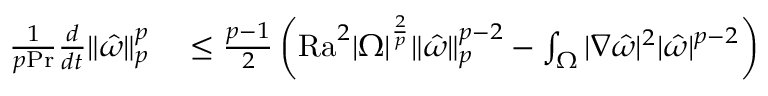
\begin{array} { r l } { \frac { 1 } { p \mathrm { { P r } } } \frac { d } { d t } \| \hat { \omega } \| _ { p } ^ { p } } & { { } \leq \frac { p - 1 } { 2 } \left( \mathrm { { R a } } ^ { 2 } | \Omega | ^ { \frac { 2 } { p } } \| \hat { \omega } \| _ { p } ^ { p - 2 } - \int _ { \Omega } | \nabla \hat { \omega } | ^ { 2 } | \hat { \omega } | ^ { p - 2 } \right) } \end{array}